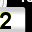
Digit: 2